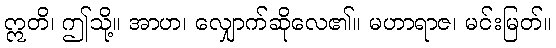
ဣတိ၊ ဤသို့။ အာဟ၊ လျှောက်ဆိုလေ၏။ မဟာရာဇ၊ မင်းမြတ်။